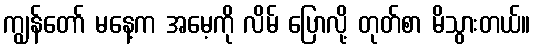
ကျွန်တော် မနေ့က အမေ့ကို လိမ် ပြောလို့ တုတ်စာ မိသွားတယ်။